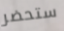
ستحضر